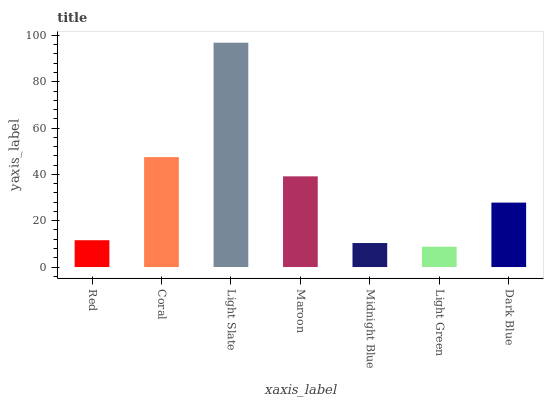
| xaxis_label | bars |
 | --- | --- |
 | Red | 11.6 |
 | Coral | 47.5 |
 | Light Slate | 96.8 |
 | Maroon | 39.2 |
 | Midnight Blue | 10.4 |
 | Light Green | 8.77 |
 | Dark Blue | 27.8 |